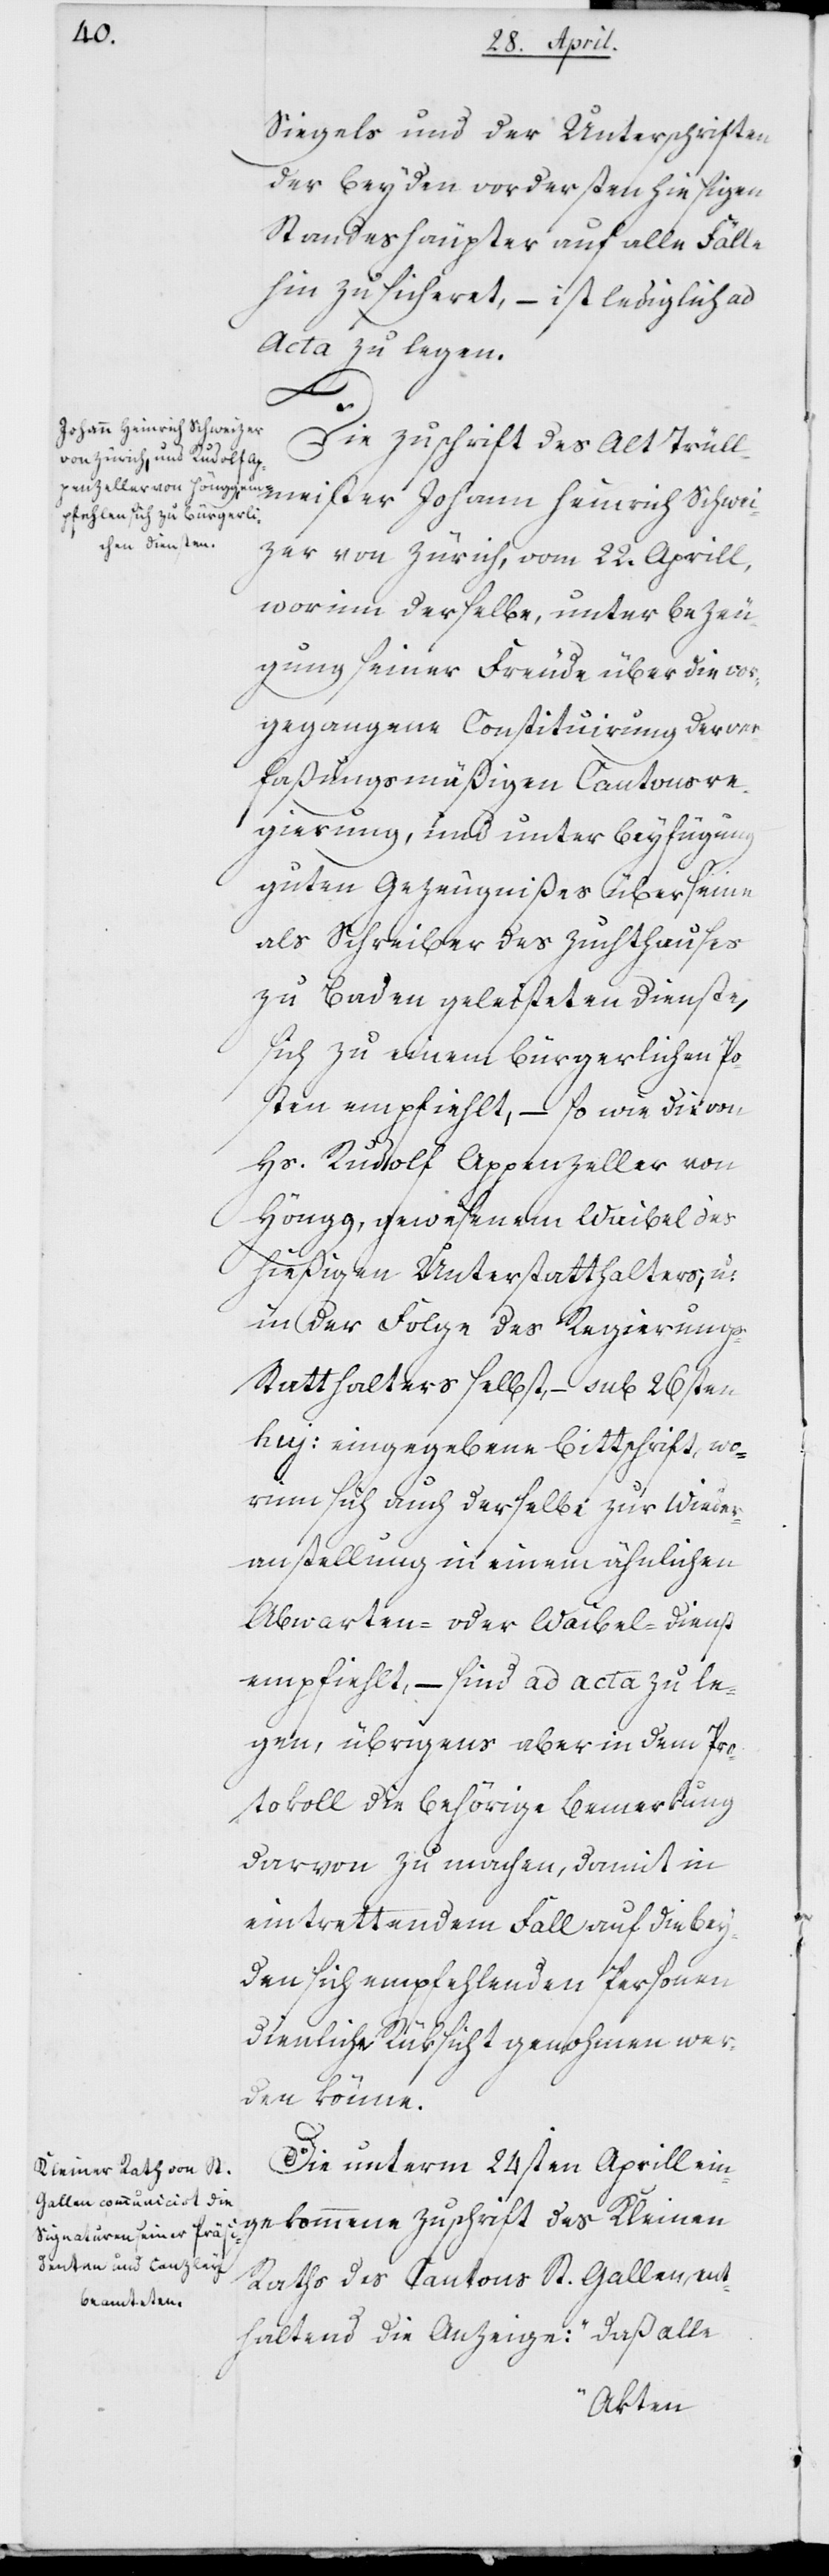
Siegels und der Unterschriften
der beyden vordersten hiesigen
Standeshäupter auf alle Fälle
hin zusicheret, – ist lediglich ad
Acta zu legen.
Die Zuschrift des Alt Trüll¬
meister Johann Heinrich Schwei¬
zer von Zürich, vom 22sten Aprill,
worin derselbe unter Bezeu¬
gung seiner Freude über die vor¬
gegangene Constituierung der ver¬
faßungsmäßigen Cantonsre¬
gierung, und unter Beyfügung
guten Gezeugnißes über seine
als Schreiber des Zuchthauses
zu Baden geleisteten Dienste,
sich zu einem bürgerlichen Po¬
sten empfiehlt, – so wie die von
Hs. Rudolf Appenzeller von
Höngg, gewesenem Waibel des
hießigen Unterstatthalters, und
in der Folge des Regierungss¬
tatthalters selbst, – sub 26sten
hujus eingegebene Bittschrift, wo¬
rinn sich auch derselbe zur Wieder¬
anstellung in einem ähnlichen
Abwarten- oder Waibel-Dienst
empfiehlt, – sind ad Acta zu le¬
gen, übrigens aber in dem Pro¬
tokoll die behörige Bemerkung
darvon zu machen, damit in
eintrettendem Fall auf die bey¬
den sich empfehlenden Personen
ziemliche Rücksicht genommen wer¬
den könne.
Die unterm 24sten Aprill ein¬
gekommene Zuschrift des Kleinen
Raths des Cantons St. Gallen ent¬
haltend die Anzeige: „daß alle